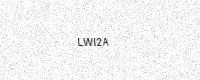
Text: LWI2A